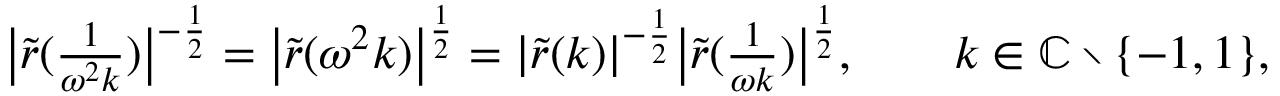
\begin{array} { r } { \big | \tilde { r } ( \frac { 1 } { \omega ^ { 2 } k } ) \big | ^ { - \frac { 1 } { 2 } } = \big | \tilde { r } ( \omega ^ { 2 } k ) \big | ^ { \frac { 1 } { 2 } } = | \tilde { r } ( k ) | ^ { - \frac { 1 } { 2 } } \big | \tilde { r } ( \frac { 1 } { \omega k } ) \big | ^ { \frac { 1 } { 2 } } , \qquad k \in \mathbb { C } \setminus \{ - 1 , 1 \} , } \end{array}